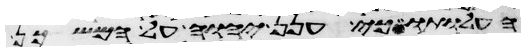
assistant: העלותו כי ענן יהוה על המשכן